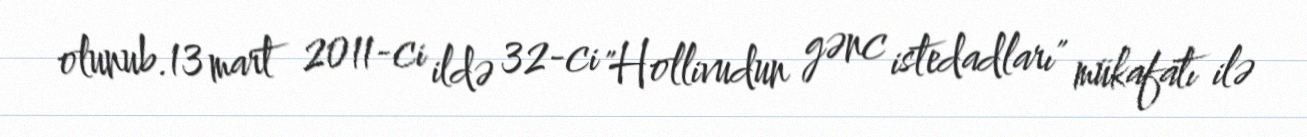
olunub.13 mart 2011-ci ildə 32-ci "Hollivudun gənc istedadları" mükafatı ilə